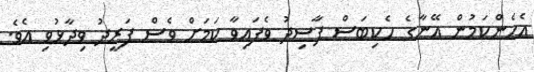
އެހެންކަމުން އޭނާގެ ހެކިބަސް ފާސިދު ވެފައިވާ ކަމަށް ވެސް ފަރީދު ވިދާޅުވި އެވެ.